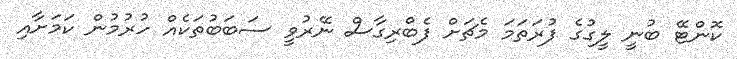
ކޮންޓޭ ބުނީ ލީގުގެ ފުރަތަމަ މެޗަށް ފެބްރިގާސް ނޭރުވީ ސަބަބުތަކެއް ހުރުމުން ކަމަށާއި